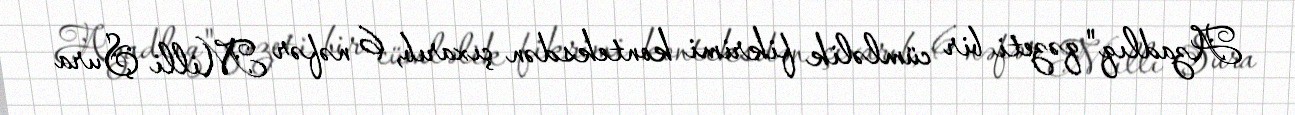
Azadlıq" qəzeti bir cümləlik fikrimi konteksdən çıxarıb, 6 nəfər Milli Şura